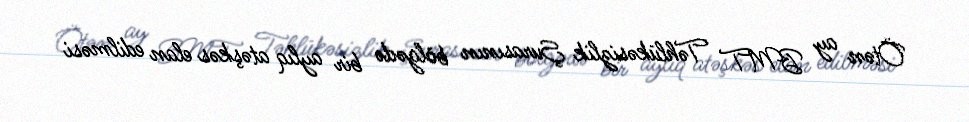
Ötən ay BMT Təhlükəsizlik Şurasının bölgədə bir aylıq atəşkəs elan edilməsi